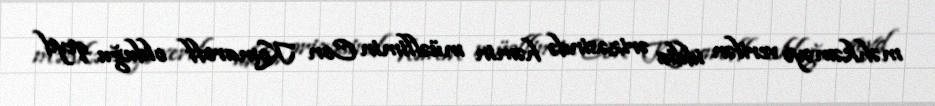
məhkəməyə verilən iddia ərizəsində həmin müəllimin Con Komaroff olduğu qeyd